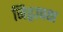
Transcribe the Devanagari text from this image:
जिह्वापक्ष